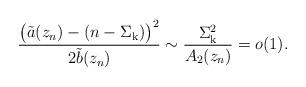
LaTeX: \begin{align*}\frac{\big(\tilde{a}(z_n)-(n-\Sigma_{\mathrm{k}})\big)^2}{2\tilde{b}(z_n)}\sim \frac{\Sigma_{\mathrm{k}}^2}{A_2(z_n)}=o(1).\end{align*}